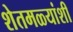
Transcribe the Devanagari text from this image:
शेतमळ्यांशी